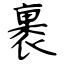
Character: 裹